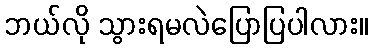
ဘယ်လို သွားရမလဲပြောပြပါလား။